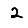
Digit: 2